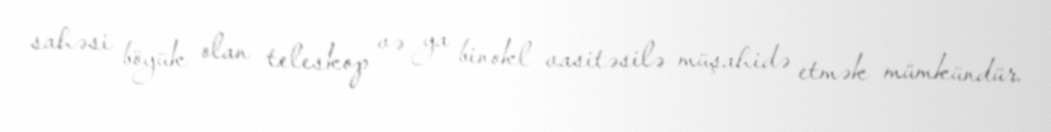
sahəsi böyük olan teleskop və ya binokl vasitəsilə müşahidə etmək mümkündür.